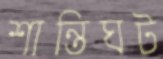
শান্তিঘট